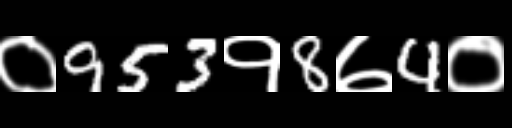
Text: ०953१8७4०